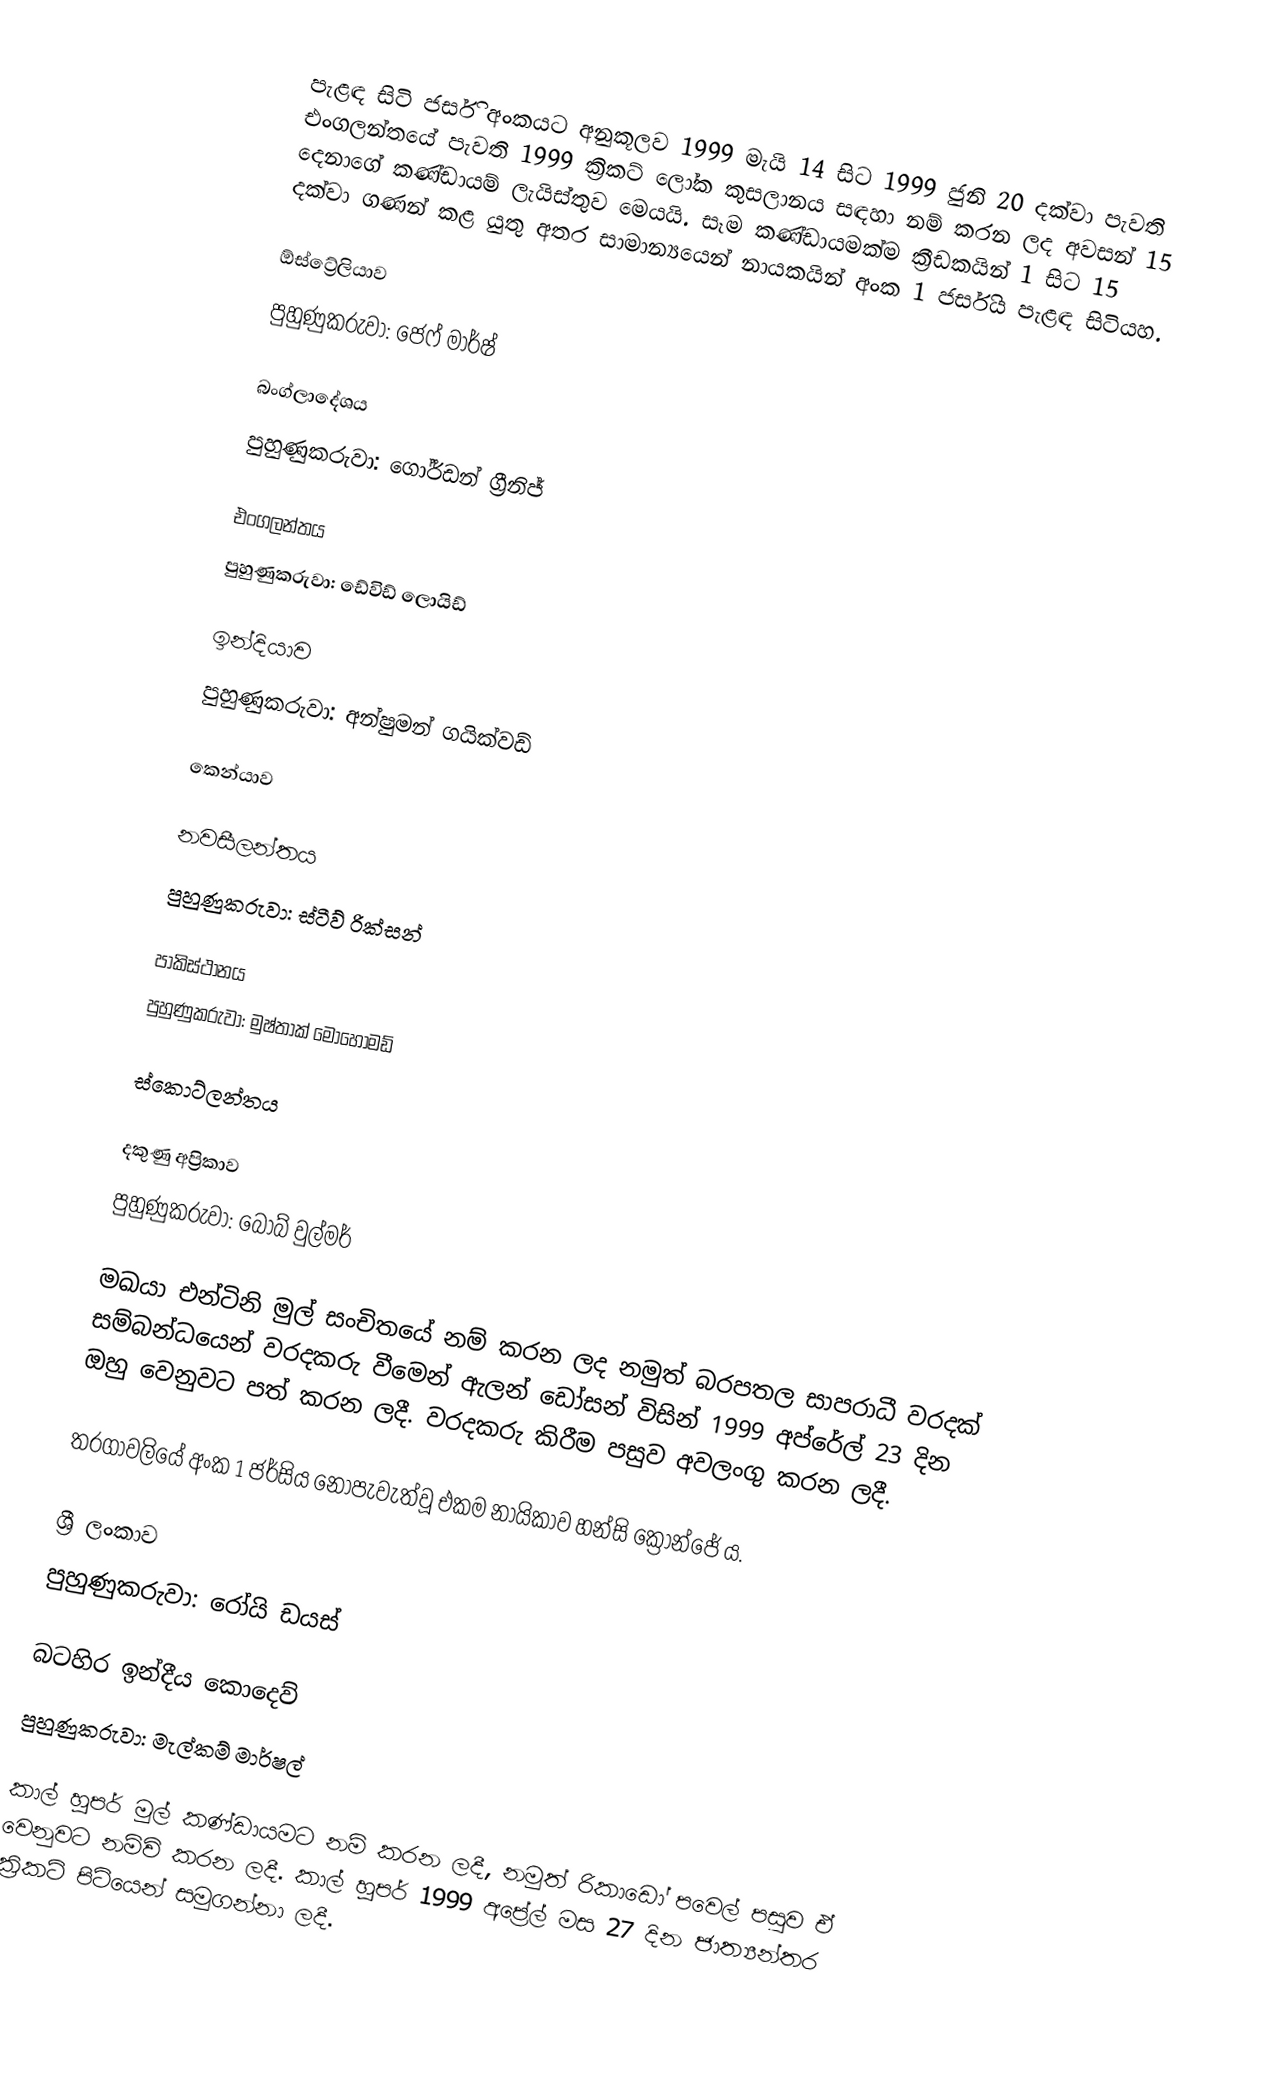
පැළඳ සිටි ජර්සි අංකයට අනුකූලව 1999 මැයි 14 සිට 1999 ජුනි 20 දක්වා පැවති එංගලන්තයේ පැවති 1999 ක්‍රිකට් ලෝක කුසලානය සඳහා නම් කරන ලද අවසන් 15 දෙනාගේ කණ්ඩායම් ලැයිස්තුව මෙයයි. සෑම කණ්ඩායමක්ම ක්‍රීඩකයින් 1 සිට 15 දක්වා ගණන් කළ යුතු අතර සාමාන්‍යයෙන් නායකයින් අංක 1 ජර්සිය පැළඳ සිටියහ.

ඕස්ට්‍රේලියාව
පුහුණුකරුවා: ජෙෆ් මාර්ෂ්

බංග්ලාදේශය
පුහුණුකරුවා: ගෝර්ඩන් ග්‍රීනිජ්

එංගලන්තය
පුහුණුකරුවා: ඩේවිඩ් ලොයිඩ්

ඉන්දියාව
පුහුණුකරුවා: අන්ෂුමන් ගයික්වඩ්

කෙන්යාව

නවසීලන්තය
පුහුණුකරුවා: ස්ටීව් රික්සන්

පාකිස්ථානය
පුහුණුකරුවා: මුෂ්තාක් මොහොමඩ්

ස්කොට්ලන්තය

දකුණු අප්‍රිකාව
පුහුණුකරුවා: බොබ් වුල්මර්

 මඛයා එන්ටිනි මුල් සංචිතයේ නම් කරන ලද නමුත් බරපතල සාපරාධී වරදක් සම්බන්ධයෙන් වරදකරු වීමෙන් ඇලන් ඩෝසන් විසින් 1999 අප්රේල් 23 දින ඔහු වෙනුවට පත් කරන ලදී.  වරදකරු කිරීම පසුව අවලංගු කරන ලදී.

තරගාවලියේ අංක 1 ජර්සිය නොපැවැත්වූ එකම නායිකාව හන්සි ක්‍රොන්ජේ ය.

ශ්‍රී ලංකාව
පුහුණුකරුවා: රෝයි ඩයස්

බටහිර ඉන්දීය කොදෙව්
පුහුණුකරුවා: මැල්කම් මාර්ෂල්

කාල් හූපර් මුල් කණ්ඩායමට නම් කරන ලදී, නමුත් රිකාඩෝ පවෙල් පසුව ඒ වෙනුවට නම්වි කරන ලදී. කාල් හූපර් 1999 අප්‍රේල් මස 27 දින ජාත්‍යන්තර ක්‍රිකට් පිටියෙන් සමුගන්නා ලදී.